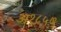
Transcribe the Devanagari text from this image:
अ१८५७